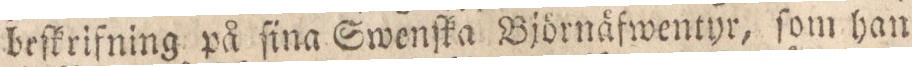
beſkrifning på ſina Swenſka Björnäfwentyr, ſom han